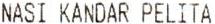
NASI KANDAR PELITA